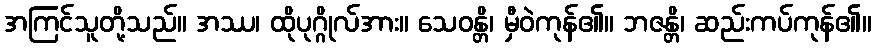
အကြင်သူတို့သည်။ အဿ၊ ထိုပုဂ္ဂိုလ်အား။ သေဝန္တိ၊ မှီဝဲကုန်၏။ ဘဇန္တိ၊ ဆည်းကပ်ကုန်၏။